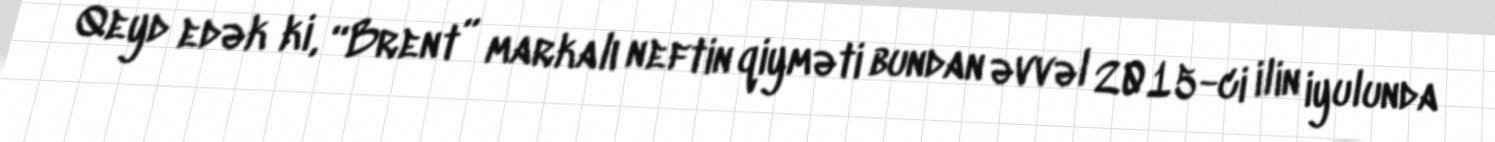
Qeyd edək ki, “Brent” markalı neftin qiyməti bundan əvvəl 2015-ci ilin iyulunda